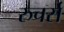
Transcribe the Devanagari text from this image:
रुचर्स